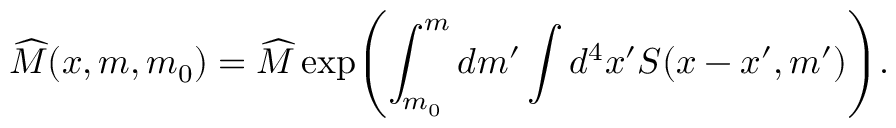
\widehat { { \cal M } } ( x , m , m _ { 0 } ) = \widehat { M } \exp \Biggl ( \int _ { m _ { 0 } } ^ { m } d m ^ { \prime } \int d ^ { 4 } x ^ { \prime } S ( x - x ^ { \prime } , m ^ { \prime } ) \Biggr ) .